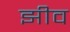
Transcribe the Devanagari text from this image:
झीव